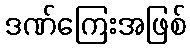
ဒဏ်ကြေးအဖြစ်